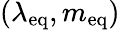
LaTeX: (\lambda_{\mathrm{{eq}}},m_{\mathrm{{eq}}})